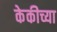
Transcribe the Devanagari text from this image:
केकीच्या